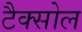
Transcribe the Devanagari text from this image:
टैक्सोल